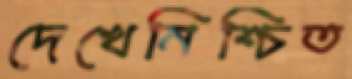
দেখেনিশ্চিত